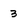
Character: 3